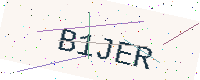
Text: B1JER